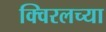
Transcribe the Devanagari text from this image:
क्विरलच्या